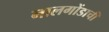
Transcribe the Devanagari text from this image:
नालगोंडाची